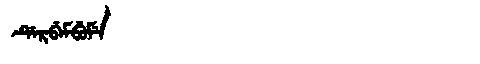
Manchu: ᡩᡝᡵᠪᡝᠮᠪᡠᠮᡝ
Romanization: DERBEMBUME